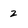
Character: Z